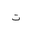
Letter: _ta